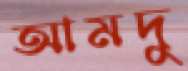
আমদু